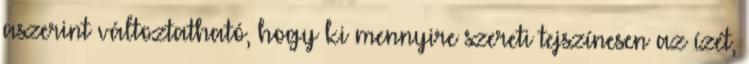
aszerint változtatható, hogy ki mennyire szereti tejszínesen az ízét,